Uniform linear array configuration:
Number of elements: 8
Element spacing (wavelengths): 0.5
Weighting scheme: hann
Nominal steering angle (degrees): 30
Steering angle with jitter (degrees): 31.811
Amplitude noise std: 0.05
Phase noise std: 0.05

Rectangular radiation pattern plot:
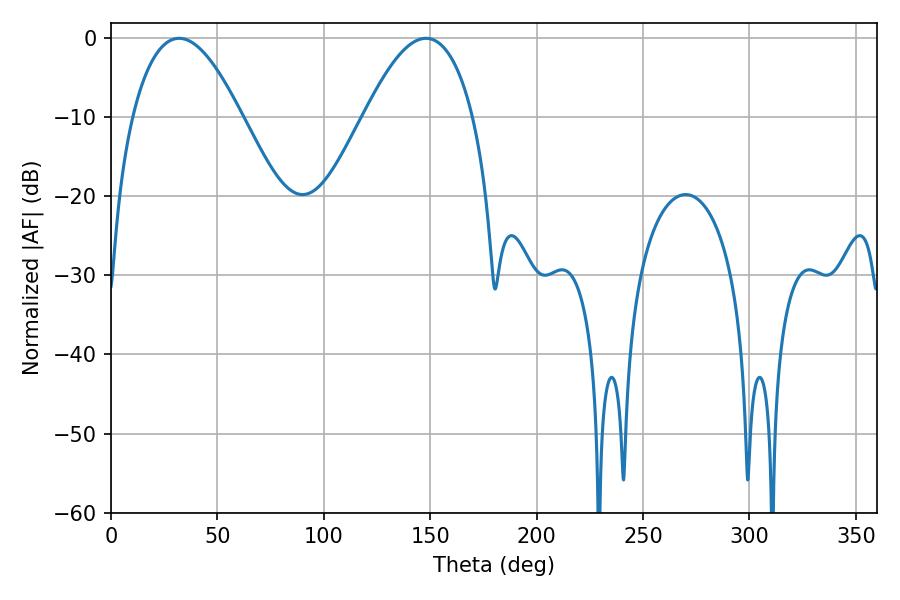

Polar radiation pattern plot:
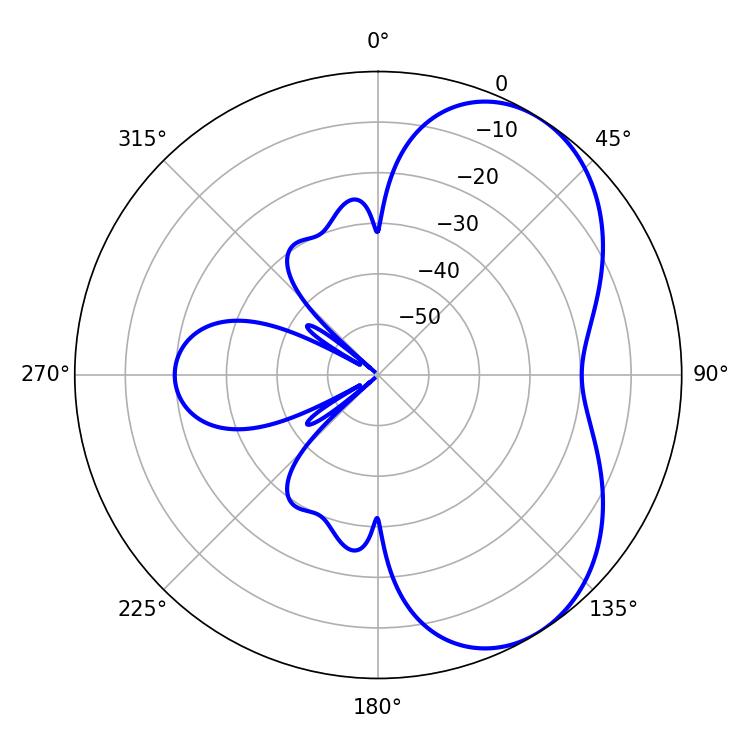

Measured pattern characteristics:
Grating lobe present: FALSE
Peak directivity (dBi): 5.312
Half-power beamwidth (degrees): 28.08
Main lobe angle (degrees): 32.04